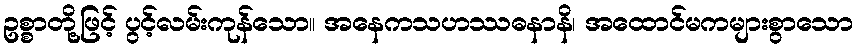
ဥစ္စာတို့ဖြင့် ပွင့်လမ်းကုန်သော။ အနေကသဟဿဓနာနိ၊ အထောင်မကများစွာသော